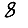
Digit: 8